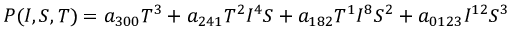
P ( I , S , T ) = a _ { 3 0 0 } T ^ { 3 } + a _ { 2 4 1 } T ^ { 2 } I ^ { 4 } S + a _ { 1 8 2 } T ^ { 1 } I ^ { 8 } S ^ { 2 } + a _ { 0 1 2 3 } I ^ { 1 2 } S ^ { 3 }